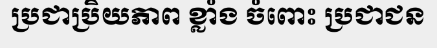
ប្រជាប្រិយភាព ខ្លាំង ចំពោះ ប្រជាជន